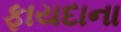
ફાયદાના